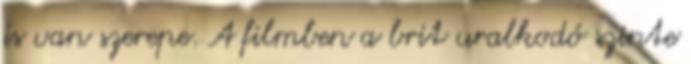
is van szerepe. A filmben a brit uralkodó szinte